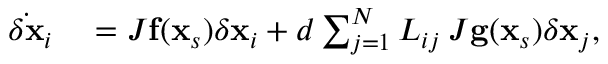
\begin{array} { r l } { \dot { \delta \mathbf { x } } _ { i } } & { { } = J \mathbf { f } ( \mathbf { x } _ { s } ) { \delta \mathbf { x } } _ { i } + d \sum _ { j = 1 } ^ { N } { \cal L } _ { i j } \: J \mathbf { g } ( \mathbf { x } _ { s } ) { \delta \mathbf { x } } _ { j } , } \end{array}